65_HS1-834228961_62-HQ-83894_Serial_449
Agency: FBI
Page 13
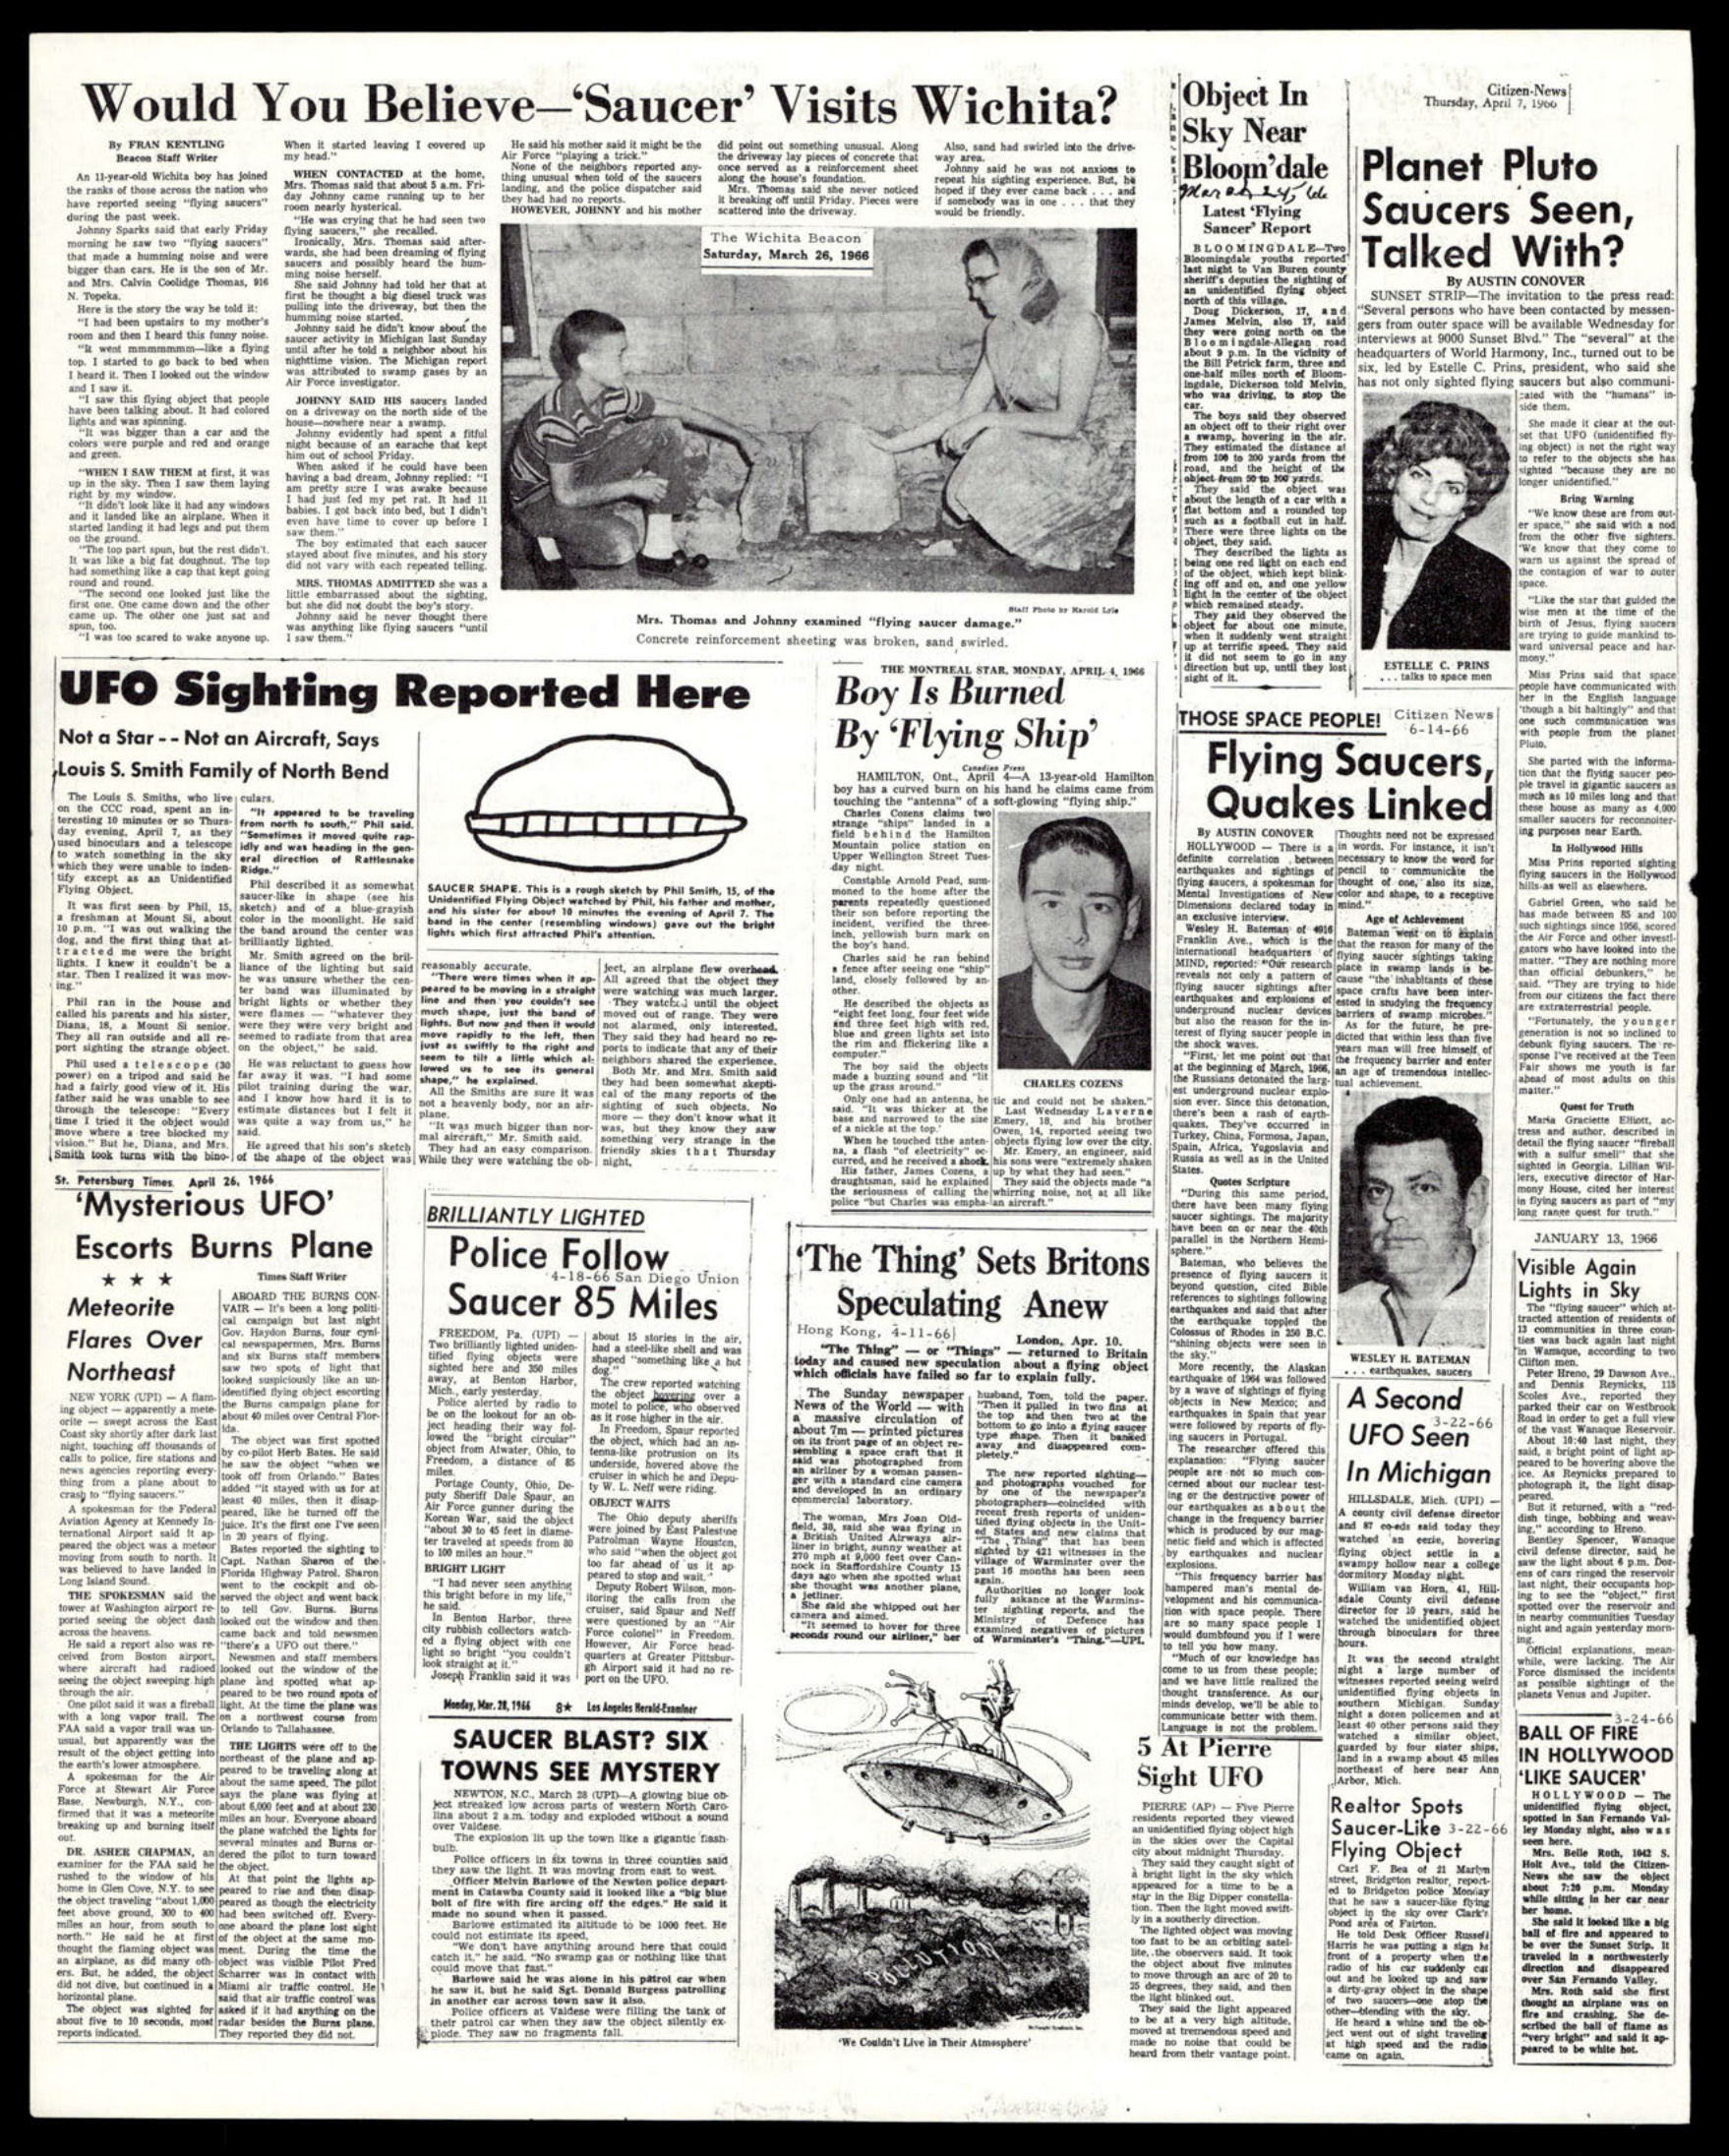